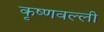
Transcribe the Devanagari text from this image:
कृष्णवल्ली